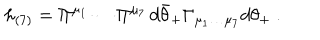
h _ { ( 7 ) } = \Pi ^ { \mu _ { 1 } } \cdots \Pi ^ { \mu _ { 7 } } \, d \bar { \theta } _ { + } \Gamma _ { \mu _ { 1 } \dots \mu _ { 7 } } d \theta _ { + } \ .